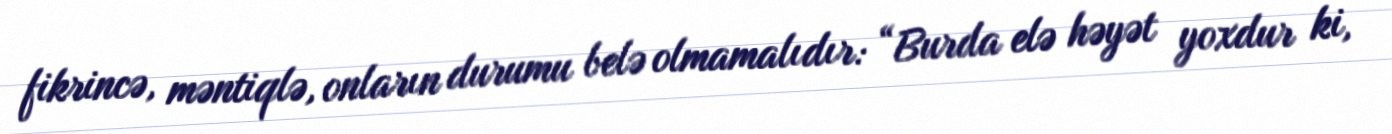
fikrincə, məntiqlə, onların durumu belə olmamalıdır: “Burda elə həyət yoxdur ki,